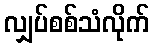
လျှပ်စစ်သံလိုက်